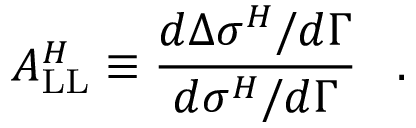
A _ { \mathrm { L L } } ^ { H } \equiv \frac { d \Delta \sigma ^ { H } / d \Gamma } { d \sigma ^ { H } / d \Gamma } \; \; \; .